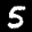
Label: 5